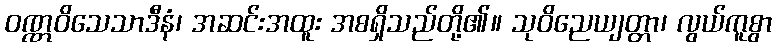
ဝဏ္ဏဝိသေသာဒီနံ၊ အဆင်းအထူး အစရှိသည်တို့၏။ သုဝိညေယျတ္တာ၊ လွယ်ကူစွာ